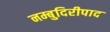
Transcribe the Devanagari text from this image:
नम्बुदिरीपाद